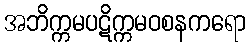
အဘိက္ကမပဋိက္ကမဝစနကရော